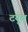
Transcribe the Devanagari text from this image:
टयुब